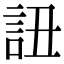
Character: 䚼